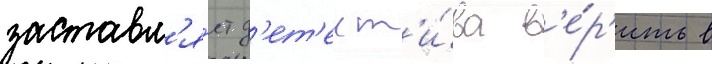
заставл'я́ет д'ет'ект'и́ва в'е́р'ить в